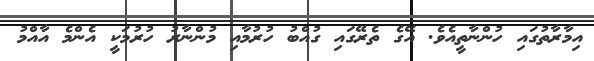
އިމާރާތުގައި ހުންނާތީއެވެ. އޭގެ ތެރޭގައި ގުއްބު ހުރުމާއި މުންނާރު ހުރުމަކީ އެންމެ އާއްމު